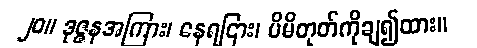
၂၀။ ဒုဇ္ဇနအကြား၊ နေရငြား၊ မိမိတုတ်ကိုချ၍ထား။